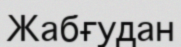
Жабғудан